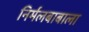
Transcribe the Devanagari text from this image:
निर्मलबाबाला